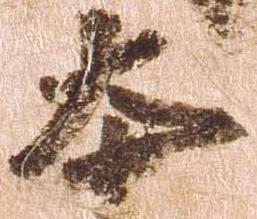
本